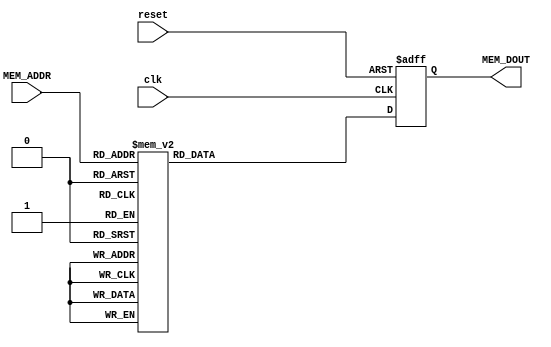
module prom(reset,clk,MEM_ADDR,MEM_DOUT);

	input reset           ;
	input clk             ;
	input [4:0] MEM_ADDR  ;

	output [7:0] MEM_DOUT;

	reg [7:0] MEM_DOUT   ;
                  
always@(posedge reset or posedge clk) begin
	 if(reset)
			MEM_DOUT <= 8'b0;
	 else
			case(MEM_ADDR)
				5'b00000 : MEM_DOUT <= 8'b10111111;
				5'b00001 : MEM_DOUT <= 8'b01011110;
				5'b00010 : MEM_DOUT <= 8'b11011010;
				5'b00011 : MEM_DOUT <= 8'b10111111;
				5'b00100 : MEM_DOUT <= 8'b11011110;
				5'b00101 : MEM_DOUT <= 8'b10111010;
				5'b00110 : MEM_DOUT <= 8'b11011111;
				5'b00111 : MEM_DOUT <= 8'b10111101;
				5'b01000 : MEM_DOUT <= 8'b01011011;
				5'b01001 : MEM_DOUT <= 8'b11011101;
				5'b01010 : MEM_DOUT <= 8'b10011100;
				5'b01011 : MEM_DOUT <= 8'b00100000;
				5'b01100 : MEM_DOUT <= 8'b11100000;
				5'b01101 : MEM_DOUT <= 8'b00000000;
				5'b11011 : MEM_DOUT <= 8'b00000000;
				5'b11100 : MEM_DOUT <= 8'b00000000;
				5'b11101 : MEM_DOUT <= 8'b00000000;
				5'b11110 : MEM_DOUT <= 8'b00000000;
				5'b11111 : MEM_DOUT <= 8'b00000000;
				default  : MEM_DOUT <= 8'b00000000;
         endcase
 end
endmodule